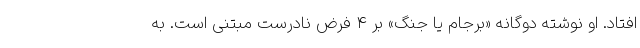
افتاد. او نوشته دوگانه «برجام یا جنگ» بر ۴ فرض نادرست مبتنی است. به